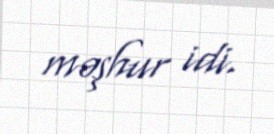
məşhur idi.